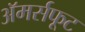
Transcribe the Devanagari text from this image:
अॅमर्सफूट